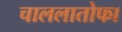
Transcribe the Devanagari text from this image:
चाललातोफा